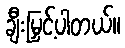
ချီးမြှင့်ပါတယ်။